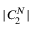
| C _ { 2 } ^ { N } |